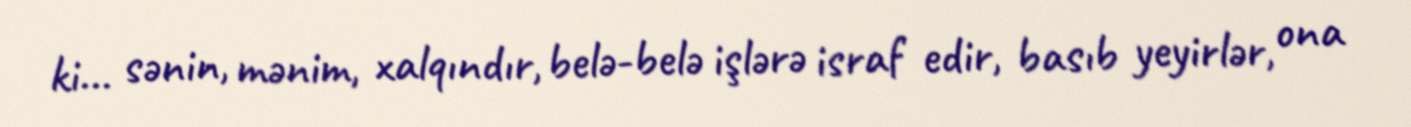
ki... sənin, mənim, xalqındır, belə-belə işlərə israf edir, basıb yeyirlər, ona